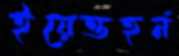
ইয়েত্তহর্ন